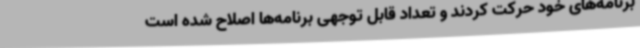
برنامه‌های خود حرکت کردند و تعداد قابل توجهی برنامه‌ها اصلاح شده است